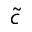
\widetilde { c }